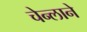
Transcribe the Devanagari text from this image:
चेन्लाने